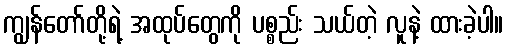
ကျွန်တော်တို့ရဲ့ အထုပ်တွေကို ပစ္စည်း သယ်တဲ့ လူနဲ့ ထားခဲ့ပါ။